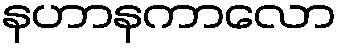
နဟာနကာလော